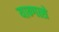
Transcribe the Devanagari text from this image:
यान्गत्से